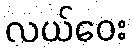
လယ်ဝေး